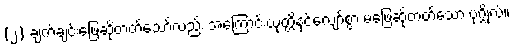
(၂) ချက်ချင်းဖြေဆိုတတ်သော်လည်း အကြောင်းယုတ္တိနှင့်လျော်စွာ မဖြေဆိုတတ်သော ပုဂ္ဂိုလ်။